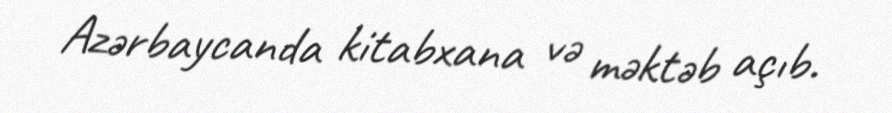
Azərbaycanda kitabxana və məktəb açıb.